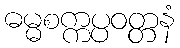
ဓမ္မစက္ကပ္ပဝတ္တနံ